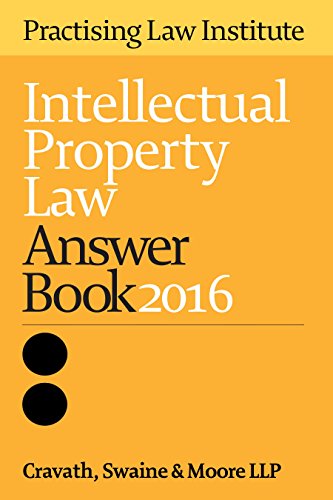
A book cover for Intellectual Property Law Answer Book 2016; Cravath Swaine & Moore LLP; Law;